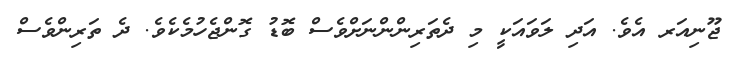
ޖޫނިއަރ އެވެ. އަދި ލަވައަކީ މި ދެތަރިންންނަށްވެސް ބޮޑު ގޮންޖެހުމެކެވެ. ދެ ތަރިންވެސް